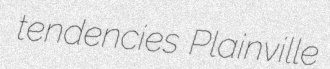
tendencies Plainville